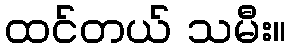
ထင်တယ် သမီး။